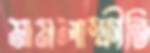
মামলাস্ফীতি